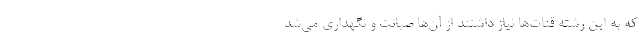
که به این رشته‌ قنات‌ها نیاز داشتند از آن‌ها صیانت و نگهداری می‌شد